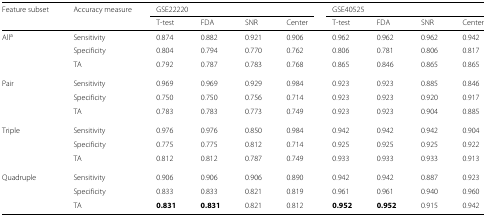
<table><thead><tr><td><b>Feature subset</b></td><td><b>Accuracy measure</b></td><td colspan="4"><b>GSE22220</b></td><td colspan="4"><b>GSE40525</b></td></tr><tr><td></td><td></td><td><b>T-test</b></td><td><b>FDA</b></td><td><b>SNR</b></td><td><b>Center</b></td><td><b>T-test</b></td><td><b>FDA</b></td><td><b>SNR</b></td><td><b>Center</b></td></tr></thead><tbody><tr><td>All<sup>a</sup></td><td>Sensitivity</td><td>0.874</td><td>0.882</td><td>0.921</td><td>0.906</td><td>0.962</td><td>0.962</td><td>0.962</td><td>0.942</td></tr><tr><td></td><td>Specificity</td><td>0.804</td><td>0.794</td><td>0.770</td><td>0.762</td><td>0.806</td><td>0.781</td><td>0.806</td><td>0.817</td></tr><tr><td></td><td>TA</td><td>0.792</td><td>0.787</td><td>0.783</td><td>0.768</td><td>0.865</td><td>0.846</td><td>0.865</td><td>0.865</td></tr><tr><td>Pair</td><td>Sensitivity</td><td>0.969</td><td>0.969</td><td>0.929</td><td>0.984</td><td>0.923</td><td>0.923</td><td>0.885</td><td>0.846</td></tr><tr><td></td><td>Specificity</td><td>0.750</td><td>0.750</td><td>0.756</td><td>0.714</td><td>0.923</td><td>0.923</td><td>0.920</td><td>0.917</td></tr><tr><td></td><td>TA</td><td>0.783</td><td>0.783</td><td>0.773</td><td>0.749</td><td>0.923</td><td>0.923</td><td>0.904</td><td>0.885</td></tr><tr><td>Triple</td><td>Sensitivity</td><td>0.976</td><td>0.976</td><td>0.850</td><td>0.984</td><td>0.942</td><td>0.942</td><td>0.942</td><td>0.904</td></tr><tr><td></td><td>Specificity</td><td>0.775</td><td>0.775</td><td>0.812</td><td>0.714</td><td>0.925</td><td>0.925</td><td>0.925</td><td>0.922</td></tr><tr><td></td><td>TA</td><td>0.812</td><td>0.812</td><td>0.787</td><td>0.749</td><td>0.933</td><td>0.933</td><td>0.933</td><td>0.913</td></tr><tr><td>Quadruple</td><td>Sensitivity</td><td>0.906</td><td>0.906</td><td>0.906</td><td>0.890</td><td>0.942</td><td>0.942</td><td>0.887</td><td>0.923</td></tr><tr><td></td><td>Specificity</td><td>0.833</td><td>0.833</td><td>0.821</td><td>0.819</td><td>0.961</td><td>0.961</td><td>0.940</td><td>0.960</td></tr><tr><td></td><td>TA</td><td><b>0.831</b></td><td><b>0.831</b></td><td>0.821</td><td>0.812</td><td><b>0.952</b></td><td><b>0.952</b></td><td>0.915</td><td>0.942</td></tr></tbody></table>